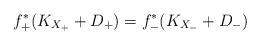
LaTeX: \begin{align*}f_+^*(K_{X_+}+D_+)=f_-^*(K_{X_-}+D_-)\end{align*}